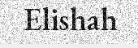
Elishah